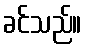
ခင်သည်။